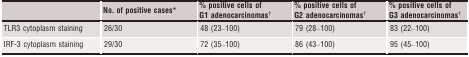
<table><thead><tr><td></td><td><b>No. of positive cases*</b></td><td><b>% positive cells of G1 adenocarcinomas†</b></td><td><b>% positive cells of G2 adenocarcinomas†</b></td><td><b>% positive cells of G3 adenocarcinomas†</b></td></tr></thead><tbody><tr><td>TLR3 cytoplasm staining</td><td>26/30</td><td>48 (23–100)</td><td>79 (28–100)</td><td>83 (22–100)</td></tr><tr><td>IRF-3 cytoplasm staining</td><td>29/30</td><td>72 (35–100)</td><td>86 (43–100)</td><td>95 (45–100)</td></tr></tbody></table>